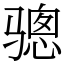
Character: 骢